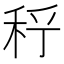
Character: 𥞉